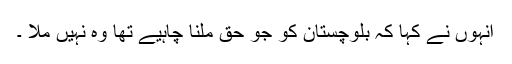
انہوں نے کہا کہ بلوچستان کو جو حق ملنا چاہیے تھا وہ نہیں ملا ۔